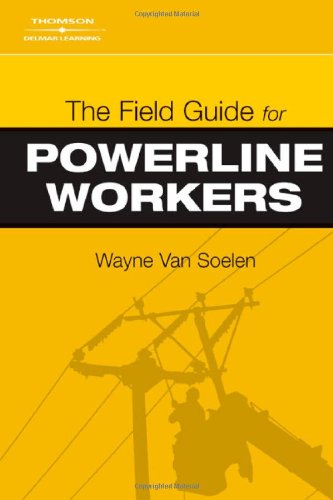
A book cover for The Field Guide for Powerline Workers; Wayne Van Soelen; Science & Math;